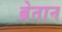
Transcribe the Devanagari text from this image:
ब्रेतान